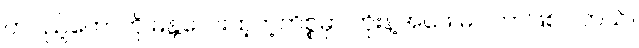
တပည့်တော်ကို မန္တလေးထဲ့တဲ့ကိစ္စမှာ ဘိုးနဲ့အဖေ မပါတာဖြစ်ပါတယ်။